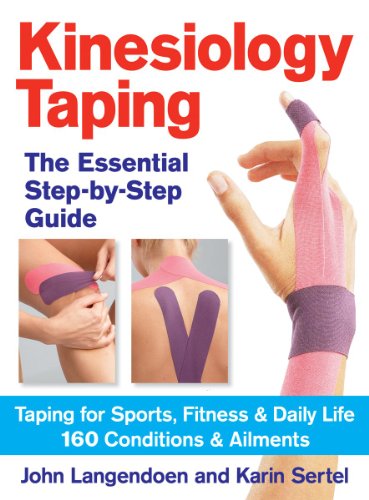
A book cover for Kinesiology Taping The Essential Step-By-Step Guide: Taping for Sports, Fitness and Daily Life  - 160 Conditions and Ailments; John Langendoen; Health, Fitness & Dieting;